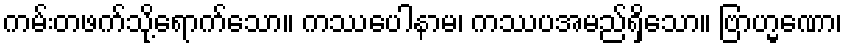
ကမ်းတဖက်သို့ရောက်သော။ ကဿပေါနာမ၊ ကဿပအမည်ရှိသော။ ဗြာဟ္မဏော၊